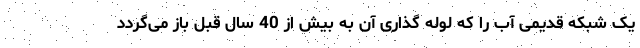
یک شبکه قدیمی آب را که لوله گذاری آن به بیش از 40 سال قبل باز می‌گردد